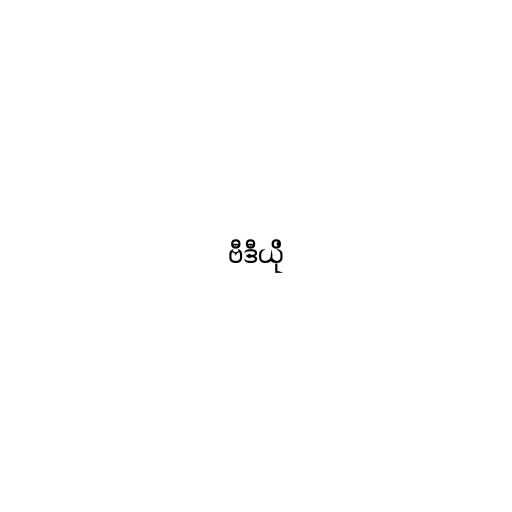
ဗီဒီယို